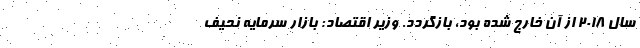
سال ۲۰۱۸ از آن خارج شده بود، بازگردد. وزیر اقتصاد: بازار سرمایه نحیف